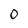
Character: O